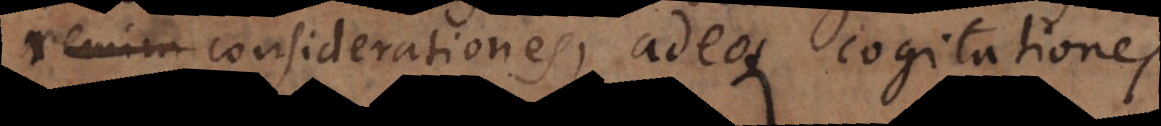
remini considerationes, adeoque cogitationes